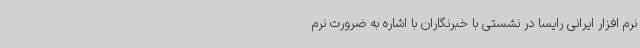
نرم افزار ایرانی رایسا در نشستی با خبرنگاران با اشاره به ضرورت نرم